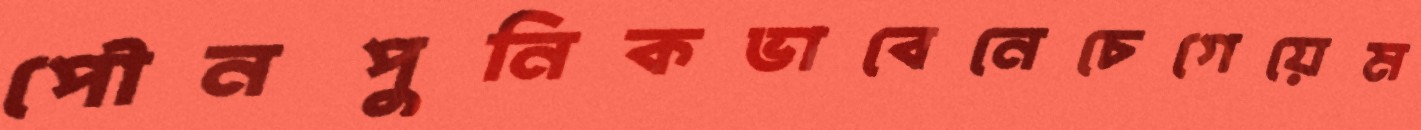
পৌনপুনিকভাবেনেচেগেয়েম